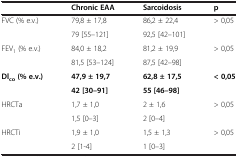
|  | Chronic EAA | Sarcoidosis | p |
 | --- | --- | --- | --- |
 | <ROWSPAN=2> FVC (% e.v.) | 79,8 ± 17,8 | 86,2 ± 22,4 | <ROWSPAN=2> > 0,05 |
 | 79 [55–121] | 92,5 [42–101] |
 | <ROWSPAN=2> FEV1 (% e.v.) | 84,0 ± 18,2 | 81,2 ± 19,9 | <ROWSPAN=2> > 0,05 |
 | 81,5 [53–124] | 87,5 [42–98] |
 | <ROWSPAN=2> Dlco(% e.v.) | 47,9 ± 19,7 | 62,8 ± 17,5 | <ROWSPAN=2> < 0,05 |
 | 42 [30–91] | 55 [46–98] |
 | <ROWSPAN=2> HRCTa | 1,7 ± 1,0 | 2 ± 1,6 | <ROWSPAN=2> > 0,05 |
 | 1,5 [0–3] | 2 [0–4] |
 | HRCTi | 1,9 ± 1,0 | 1,5 ± 1,3 | > 0,05 |
 |  | 2 [1-4] | 1 [0–3] |  |